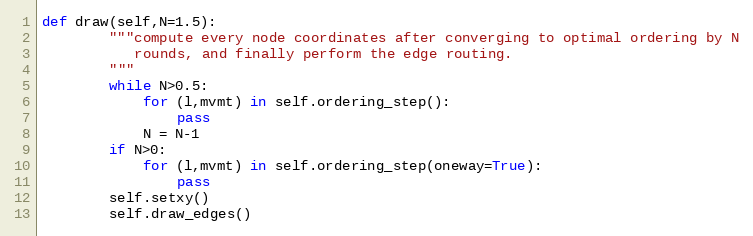
Language: Python
def draw(self,N=1.5):
        """compute every node coordinates after converging to optimal ordering by N
           rounds, and finally perform the edge routing.
        """
        while N>0.5:
            for (l,mvmt) in self.ordering_step():
                pass
            N = N-1
        if N>0:
            for (l,mvmt) in self.ordering_step(oneway=True):
                pass
        self.setxy()
        self.draw_edges()